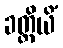
ခတ္တိယိံ